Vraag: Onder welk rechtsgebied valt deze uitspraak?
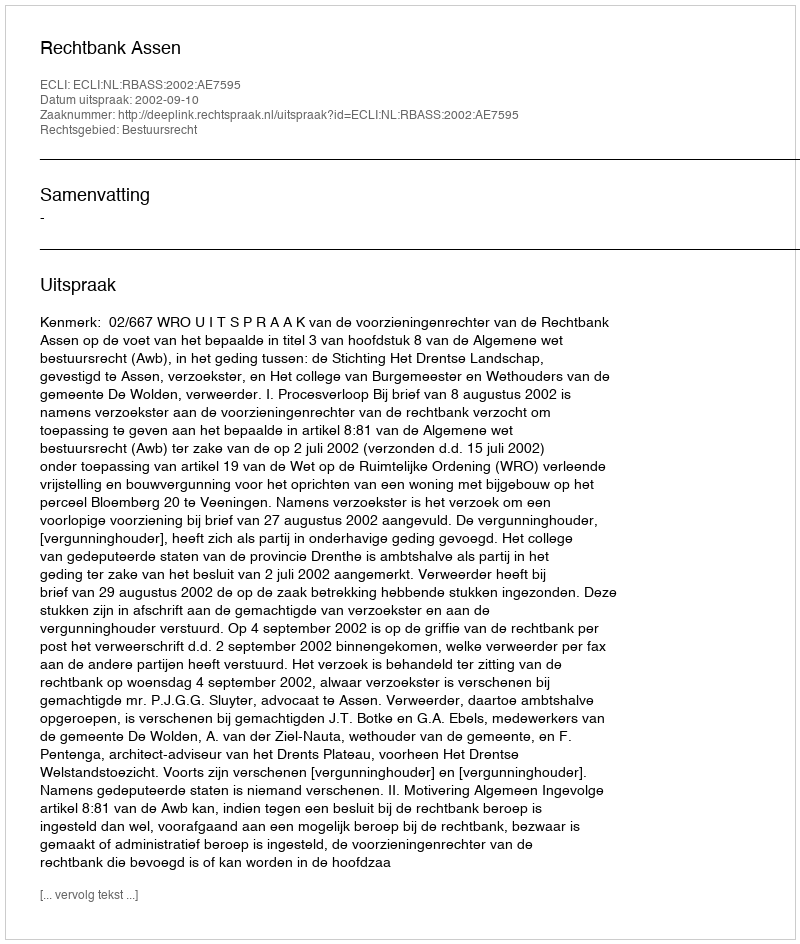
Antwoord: Bestuursrecht